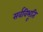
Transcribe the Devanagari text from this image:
सर्वविभूति